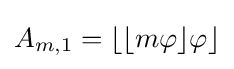
A_{m,1}=\left\lfloor \lfloor m\varphi \rfloor \varphi \right\rfloor